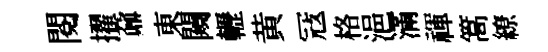
閱擢鼐東闚轣黄冦格浥滿禈篙繚